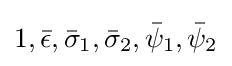
1,{\bar {\epsilon }},{\bar {\sigma }}_{1},{\bar {\sigma }}_{2},{\bar {\psi }}_{1},{\bar {\psi }}_{2}